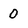
Character: 0